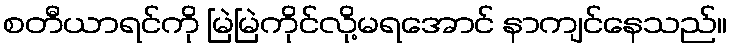
စတီယာရင်ကို မြဲမြဲကိုင်လို့မရအောင် နာကျင်နေသည်။